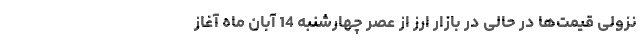
نزولی قیمت‌ها در حالی در بازار ارز از عصر چهارشنبه 14 آبان ماه آغاز